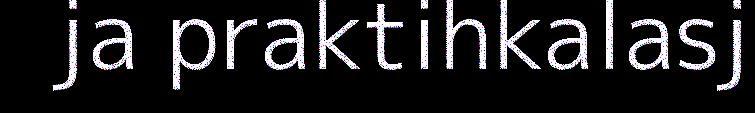
ja praktihkalasj